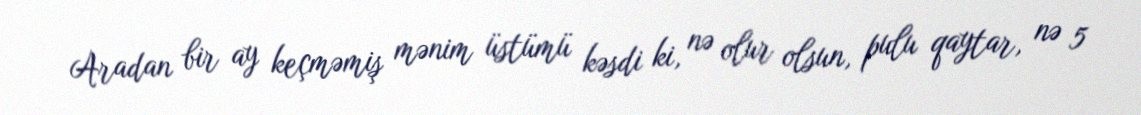
Aradan bir ay keçməmiş mənim üstümü kəsdi ki, nə olur olsun, pulu qaytar, nə 5